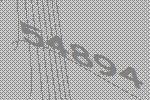
54894